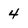
Character: 4